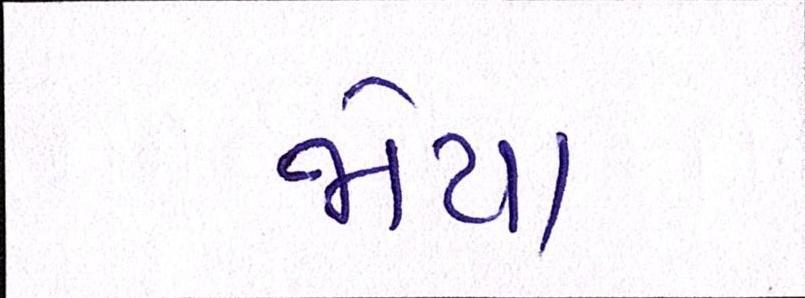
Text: જોયા